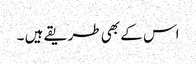
اس کے بھی طریقے ہیں ۔